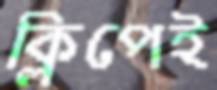
ক্লিপেই